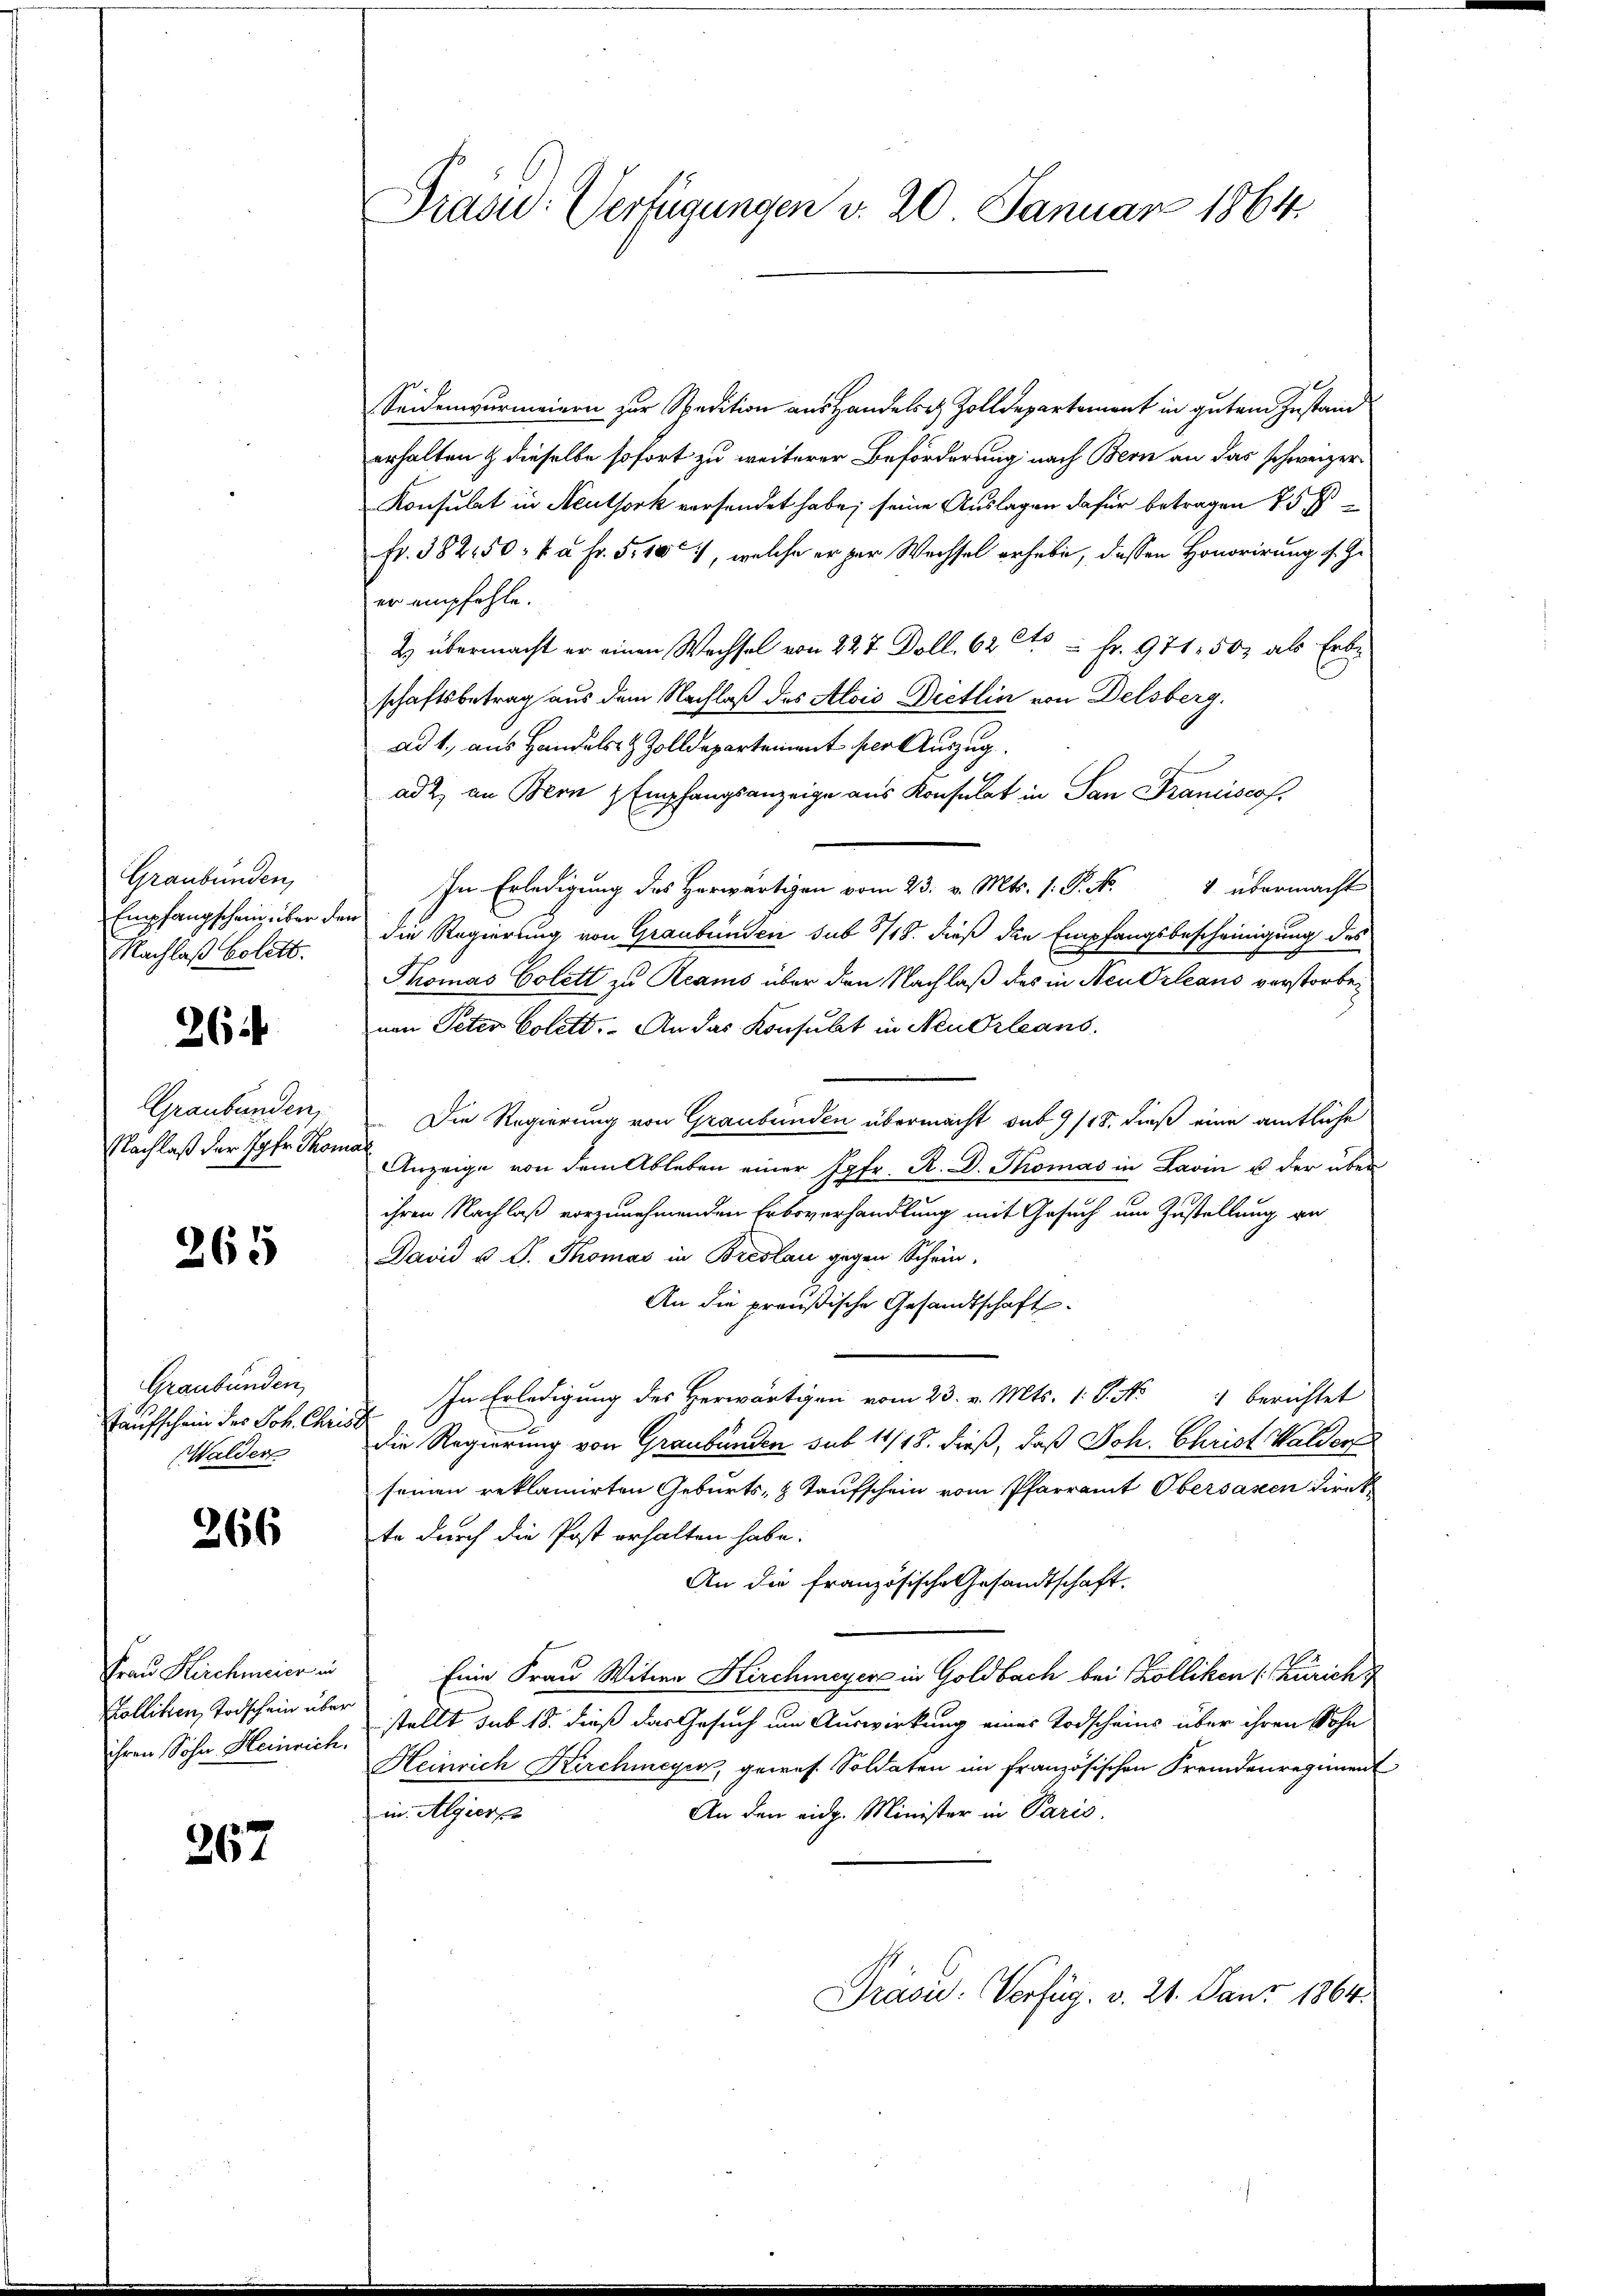
Graubünden,
Empfangschein über der
Nachlaß bolett.

261

Graubünden,
Nachlaß der Jgfr. Thon

265

Graubünden,
Taufschein der Joh. Chris
Walder

266

Frau Kirchmeier in
Kolliken, Todschein über
ihren Sohn Heinrich.

267

Präsid: Verfügungen v. 20 Januar 1864.

.
Seidenwurmeiern zur Spedition aus Handelst Zolldepartement in gutem Zustand
erhalten & dieselbe sofort zu weiterer Beförderung nach Bern an das schweizer
Konsulat in Neuthork versendet habe; seine Auslagen dafür betragen 25 f
fr. 382150. à Fr. 5. 107, welche er zur Wechsel erhabe, dessen Honorirung s. Z.
er empfehle.
2 übermacht er einen Wechsel von 227 Doll. 62 Cts - Fr. 971. 50, als Erbe
schaftsbetrag aus dem Nachlaß des Alois Dietlin von Delsberg.
ad 1., aus Handels- & Zolldepartement per Auszug.
ad 2, an Bern & Empfangsanzeige aus Konsulat in San Franciscop
In Erledigung des Herwärtigen vom 23. v. Mts. 1. P. Nr. 4 übermacht
die Regierung von Graubünden sub 318. dieß die Empfangsbescheinigung des
Thomas Colett zu Reams über den Nachlaß des in Neu Orleans verstorbenen Peter Colett. An das Konsubt in Neu Orleans
Die Regierung von Graubünden übermacht sub 9/18. dieß eine amtliche
Anzeige von dem Ableben einer Jgfr. R. D. Thomas in Lavin u. der über
ihren Nachlaß vorzunehmenden Erbsverhandlung mit Gesuch um Zustellung an
David u. D. Thomas in Breslau gegen Schein-
An die preußische Gesandtschaft
In Erledigung des Herwärtigen vom 23. v. Mts. 1. P. No 1 berichtet
die Regierung von Graubünden sub 11/18. dieß, daß Joh. Christ Walder
seinen reklamirten Geburts- & Taufschein vom Pfarramt Obersasen direk
te durch die Post erhalten habe.
An die französische Gesandtschaft.
Eine Frau Witwe Kirchmeyer in Goldbach bei Kolliken (Zürich
stellt sub. 18. dieß das Gesuch um Auswirkung eines Todscheins über ihren Sohn
Heinrich Kirchmeyer, gewes. Soldaten im französischen Fremdenregiment
in Algier
An den eidg. Minister in Paris.
Präsid. Verfüg. v. 24. Jauz 1864.